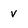
Character: v